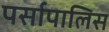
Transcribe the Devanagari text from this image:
पर्सापालिस